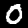
Digit: 0